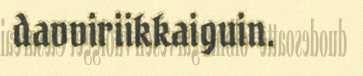
davviriikkaiguin.